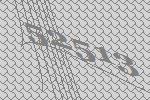
52513